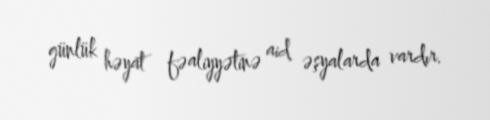
günlük həyat fəaliyyətinə aid əşyalarda vardır.